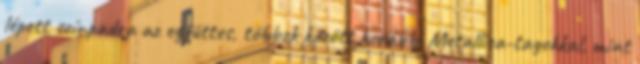
lépett színpadra az együttes, többek között korábbi Metallica-tagokkal, mint